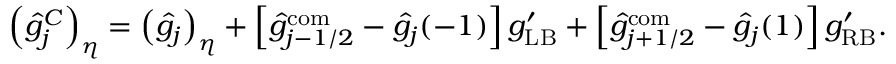
\left( \hat { g } _ { j } ^ { C } \right) _ { \eta } = \left( \hat { g } _ { j } \right) _ { \eta } + \left[ \hat { g } _ { j - 1 / 2 } ^ { \mathrm { c o m } } - \hat { g } _ { j } ( - 1 ) \right] g _ { \mathrm { L B } } ^ { \prime } + \left[ \hat { g } _ { j + 1 / 2 } ^ { \mathrm { c o m } } - \hat { g } _ { j } ( 1 ) \right] g _ { \mathrm { R B } } ^ { \prime } .